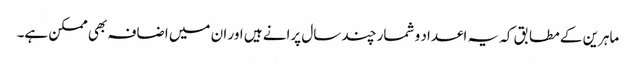
ماہرین کے مطابق کہ یہ اعداد و شمار چند سال پرانے ہیں اور ان میں اضافہ بھی ممکن ہے۔